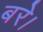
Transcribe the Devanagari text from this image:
बरे।